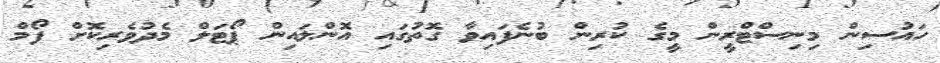
ހައުސިން މިނިސްޓްރީން މީގެ ކުރިން ބުނެފައިވާ ގޮތުގައި އޮންލައިން ޕޯޓަލް މެދުވެރިކޮށް ފޯމް